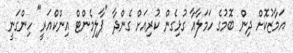
އަމާޒުކޮށް ދިން ބޮމުގެ ހަމަލާއާ ގުޅިގެން ކުރިއަށް ގެންދާ "ޕާލިމެންޓް އިންކްއަރީ" ހިންގަނީ